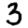
Digit: 3